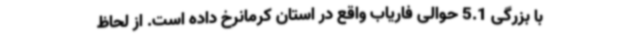
با بزرگی 5.1 حوالی فاریاب واقع در استان کرمانرخ داده است. از لحاظ